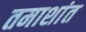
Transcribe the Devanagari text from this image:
तमाशांत